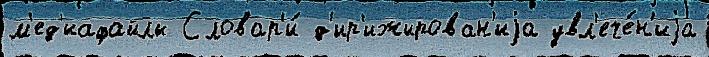
м'ед'иафайлы Словар'и́ д'ир'ижирован'иjа увл'ече́н'иjа